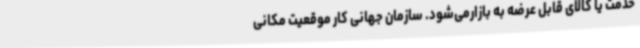
خدمت یا کالای قابل عرضه به بازارمی‌شود. سازمان جهانی کار موقعیت مکانی